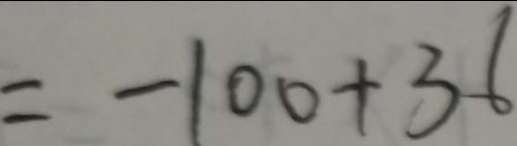
= - 1 0 0 + 3 6